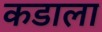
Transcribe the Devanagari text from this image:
कडाला